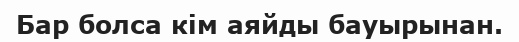
Бар болса кім аяйды бауырынан.